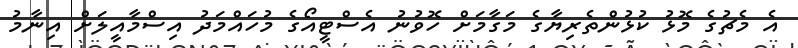
އެ މެޗުގެ މޮޅު ކުޅުންތެރިޔާގެ މަގާމަށް ހޮވުނު އެސްޓީއޯގެ މުހައްމަދު އިސްމާއީލަށް އިނާމު